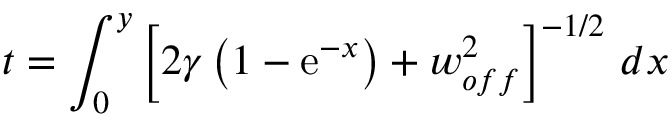
t = \int _ { 0 } ^ { y } \left[ 2 \gamma \left( 1 - \mathrm { e } ^ { - x } \right) + w _ { o f f } ^ { 2 } \right] ^ { - 1 / 2 } \, d x